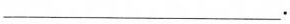
___.